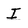
Character: I